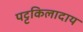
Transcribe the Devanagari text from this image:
पट्टकिलादाय